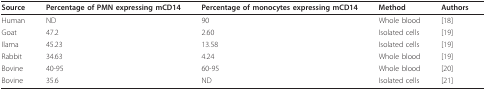
<table><thead><tr><td><b>Source</b></td><td><b>Percentage of PMN expressing mCD14</b></td><td><b>Percentage of monocytes expressing mCD14</b></td><td><b>Method</b></td><td><b>Authors</b></td></tr></thead><tbody><tr><td>Human</td><td>ND</td><td>90</td><td>Whole blood</td><td>[18]</td></tr><tr><td>Goat</td><td>47.2</td><td>2.60</td><td>Isolated cells</td><td>[19]</td></tr><tr><td>Ilama</td><td>45.23</td><td>13.58</td><td>Isolated cells</td><td>[19]</td></tr><tr><td>Rabbit</td><td>34.63</td><td>4.24</td><td>Whole blood</td><td>[19]</td></tr><tr><td>Bovine</td><td>40-95</td><td>60-95</td><td>Whole blood</td><td>[20]</td></tr><tr><td>Bovine</td><td>35.6</td><td>ND</td><td>Isolated cells</td><td>[21]</td></tr></tbody></table>